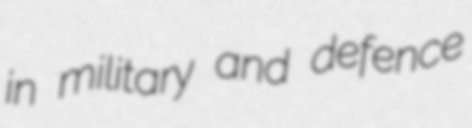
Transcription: in military and defence